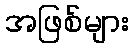
အဖြစ်များ